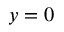
y = 0